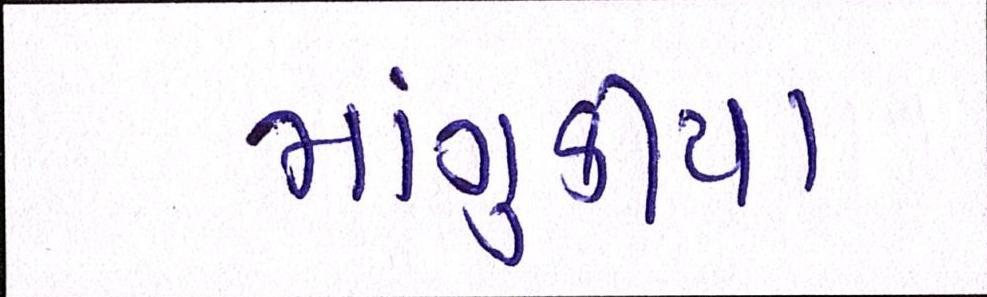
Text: માંગુકીયા